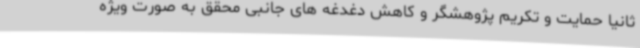
ثانیا حمایت و تکریم پژوهشگر و کاهش دغدغه‌ های جانبی محقق به صورت ویژه